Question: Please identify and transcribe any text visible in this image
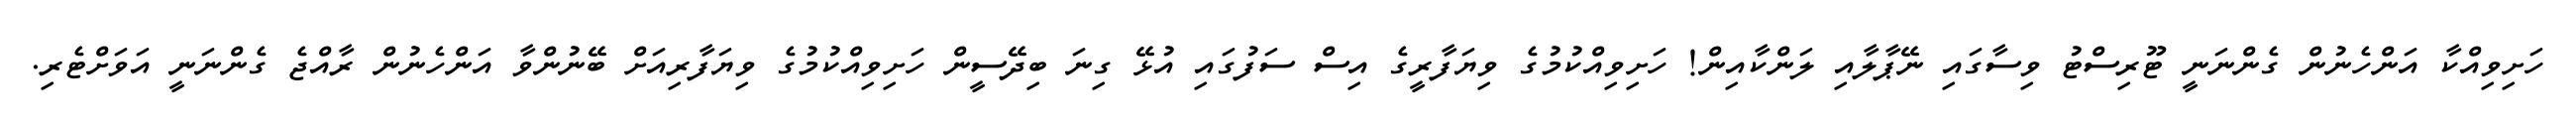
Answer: ހަށިވިއްކާ އަންހެނުން ގެންނަނީ ޓޫރިސްޓު ވިސާގައި ނޭޕާލާއި ލަންކާއިން! ހަށިވިއްކުމުގެ ވިޔަފާރީގެ އިސް ސަފުގައި އުޅޭ ގިނަ ބިދޭސީން ހަށިވިއްކުމުގެ ވިޔަފާރިއަށް ބޭނުންވާ އަންހެނުން ރާއްޖެ ގެންނަނީ އަވަށްޓެރި.